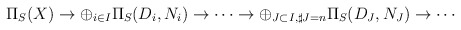
\begin{align*}\Pi_S(X) \rightarrow \oplus_{i \in I} \Pi_S(D_i,N_i)\rightarrow \cdots \rightarrow \oplus_{J \subset I, \sharp J=n} \Pi_S(D_J,N_J) \rightarrow \cdots\end{align*}